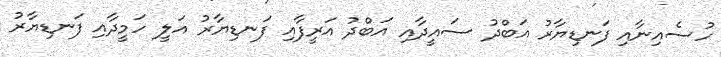
ހުސެއިނާއި ފަނޑިޔާރު އަބްދު ސައީދާއި އަބްދު އަރީފާއި ފަނޑިޔާރު އަލީ ހަމީދާއި ފަނޑިޔާރު